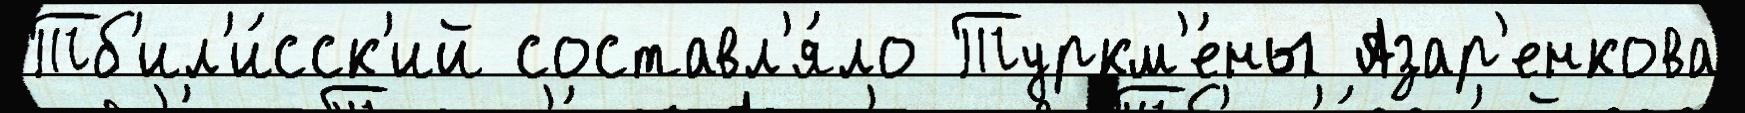
Тб'ил'и́сск'ий составл'я́ло Туркм'е́ны Азар'енкова